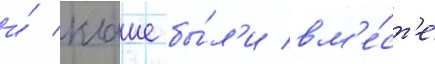
и́ клаше бы́л'и вм'е́ст'е